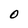
Character: O